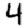
Digit: 4